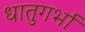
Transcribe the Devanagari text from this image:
धातुगर्भा